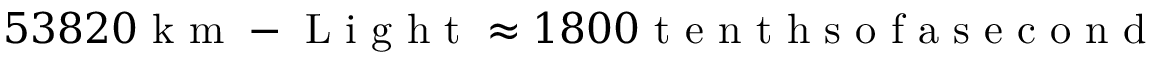
5 3 8 2 0 \mathrm { ~ k ~ m ~ - ~ L ~ i ~ g ~ h ~ t ~ } \approx 1 8 0 0 \mathrm { ~ t ~ e ~ n ~ t ~ h ~ s ~ o ~ f ~ a ~ s ~ e ~ c ~ o ~ n ~ d ~ }